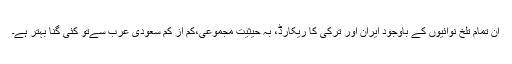
ان تمام تلخ نوائیوں کے باوجود ایران اور ترکی کا ریکارڈ، بہ حیثیت مجموعی،کم از کم سعودی عرب سےتو کئی گنا بہتر ہے۔